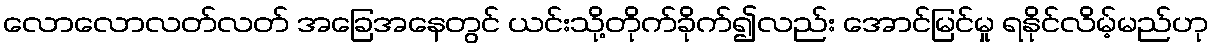
လောလောလတ်လတ် အခြေအနေတွင် ယင်းသို့တိုက်ခိုက်၍လည်း အောင်မြင်မှု ရနိုင်လိမ့်မည်ဟု